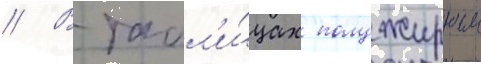
// В табл'и́цах полужирным